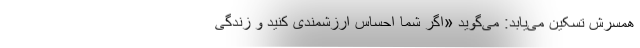
همسرش تسکین می‌یابد: می‌گوید «اگر شما احساس ارزشمندی کنید و زندگی